Lunatic asylums Punjab 1895-1910 - 1895-1910
Year: 1895
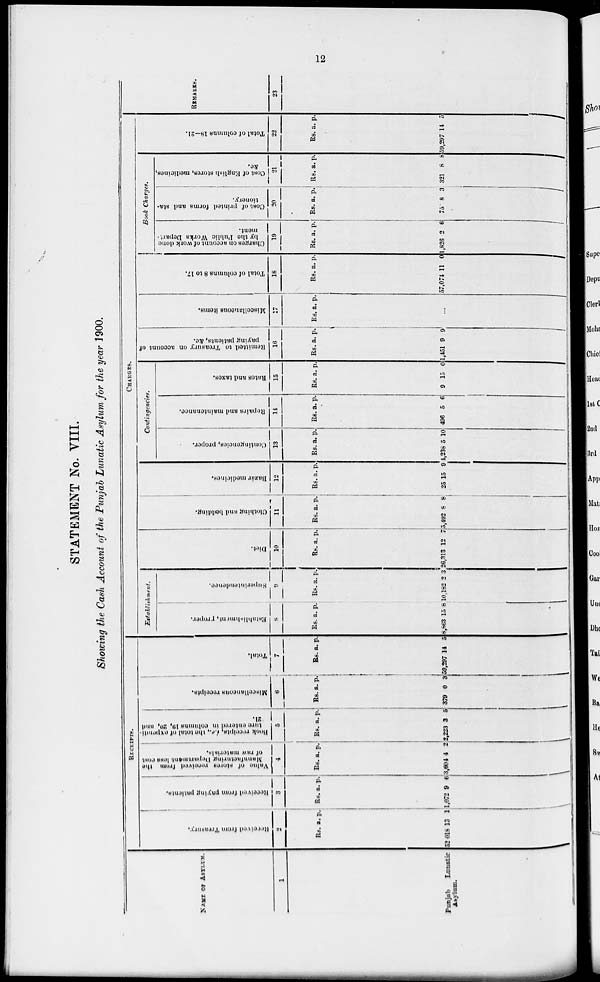
12
STATEMENT No. VIII.
Showing the Cash Account of the Punjab Lunatic Asylum for the year 1900.
NAME OF ASYLUM.
1
Punjab
Lunatic
Asylum.
RECEIPTS.
Received
from Treasury.
2
Rs.
52,018
a.
13
p.
1
Received from paying patients.
3
Rs.
1,072
a.
9
p.
6
Value
of stores received
from the
Manufacturing Department loss cost
of raw materials.
4
Rs.
3,604
a.
4
p.
2
Book receipts, i.e. the total of expendi-
ture entered in columns 10, 20, and
21.
5
Rs.
2,223
a.
3
p.
5
Miscellancous receipts.
6
Rs.
370
a.
0
p.
3
Total.
7
Rs.
59,297
a.
4
p.
5
CHARGES.
Establishment.
Establishment, proper.
8
Rs.
8,863
a.
15
p.
8
Superintendence.
9
Rs.
10,182
a.
2
p.
3
Diet.
10
Rs.
26,313
a.
12
p.
7
Clothing and bedding.
11
Rs.
5,402
a.
8
p.
8
Bazár medicines.
12
Rs.
25
a.
5
p.
9
Contingencies.
Contingencies, proper.
13
Rs.
4,238
a.
5
p.
10
Repairs and maintenance.
14
Rs.
496
a.
5
p.
6
Rates
and taxes.
15
Rs.
9
a.
15
p.
0
Remitted to Treasury
on account of
paying patients, &c.
16
Rs.
1,451
a.
9
p.
9
Miscellaneous items.
17
Rs. a. p.
...
Total of columns 8 to 17.
18
Rs.
57,074
a.
11
p.
0
Book Charges.
Charges on account of work done
by the Public Works Depart-
ment.
19
Rs.
1,826
a.
2
p.
6
Cost of printed forms and sta-
tionery.
20
Rs.
75
a.
8
p.
3
Cost of English stores, medicines,
&c.
21
Rs.
321
a.
8
p.
8
Total of columns 18—21.
22
Rs.
59,297
a.
14
p.
5
REMARKS.
23